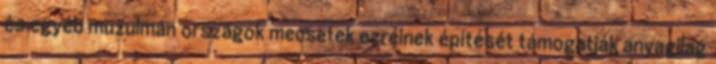
és egyéb muzulmán országok mecsetek ezreinek építését támogatják anyagilag